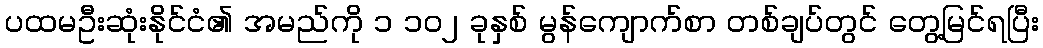
ပထမဦးဆုံးနိုင်ငံ၏ အမည်ကို ၁ ၁၀၂ ခုနှစ် မွန်ကျောက်စာ တစ်ချပ်တွင် တွေ့မြင်ရပြီး